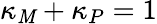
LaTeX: \kappa_{\mathit{M}}+\kappa_{P}=1